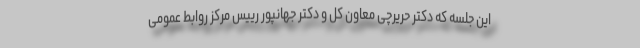
این جلسه که دکتر حریرچی معاون کل و دکتر جهانپور رییس مرکز روابط عمومی